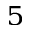
^ { 5 }